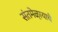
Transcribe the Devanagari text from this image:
संतमेळा्याचे